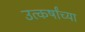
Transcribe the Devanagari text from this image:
उत्कर्षांच्या